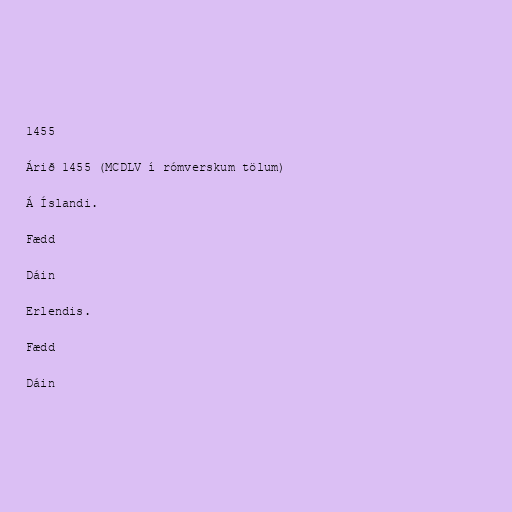
1455

Árið 1455 (MCDLV í rómverskum tölum)

Á Íslandi.

Fædd

Dáin

Erlendis.

Fædd

Dáin